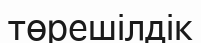
төрешілдік